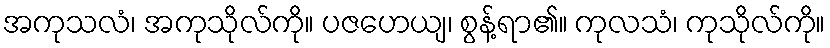
အကုသလံ၊ အကုသိုလ်ကို။ ပဇဟေယျ၊ စွန့်ရာ၏။ ကုလသံ၊ ကုသိုလ်ကို။